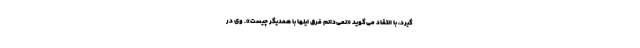
گیرد، با انتقاد می‌گوید «نمی‌دانم فرق اینها با همدیگر چیست». وی در